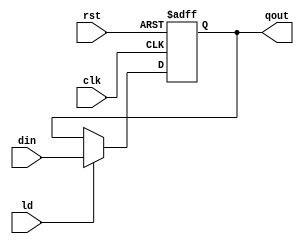
module register(clk, rst, ld, din, qout);
    /*
        Register 
        this module used to save values
        default size of register is 32 but can be modified using parameters
    */
    parameter SIZE = 32;
    input clk, rst, ld;
    input[SIZE - 1 : 0] din;
    output reg[SIZE - 1 : 0] qout;
    always @(posedge clk, posedge rst) begin
        if(rst) begin
            qout <= 0;
        end
        else if(ld) begin
            qout <= din; 
        end
        else begin
            qout <= qout; 
        end
    end

endmodule